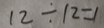
1 2 \div 1 2 = 1